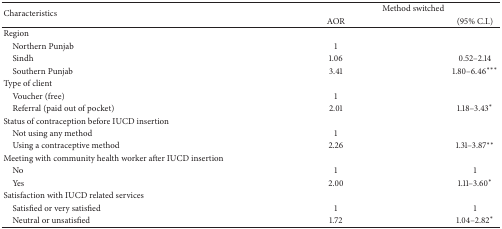
| <ROWSPAN=2> Characteristics | <COLSPAN=2> Method switched |
 | AOR | (95% C.I.) |
 | --- | --- | --- |
 | Region |  |  |
 | Northern Punjab | 1 |  |
 | Sindh | 1.06 | 0.52–2.14 |
 | Southern Punjab | 3.41 | 1.80–6.46∗∗∗ |
 | Type of client |  |  |
 | Voucher (free) | 1 |  |
 | Referral (paid out of pocket) | 2.01 | 1.18–3.43∗ |
 | Status of contraception before IUCD insertion |  |  |
 | Not using any method | 1 |  |
 | Using a contraceptive method | 2.26 | 1.31–3.87∗∗ |
 | Meeting with community health worker after IUCD insertion |  |  |
 | No | 1 | 1 |
 | Yes | 2.00 | 1.11–3.60∗ |
 | Satisfaction with IUCD related services |  |  |
 | Satisfied or very satisfied | 1 | 1 |
 | Neutral or unsatisfied | 1.72 | 1.04–2.82∗ |